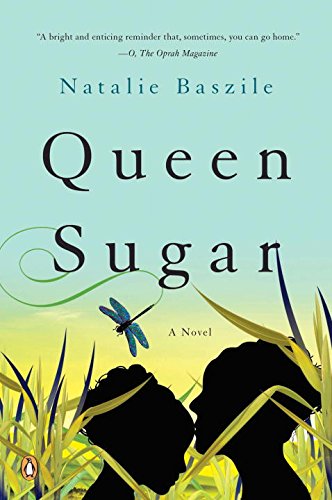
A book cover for Queen Sugar: A Novel; Natalie Baszile; Literature & Fiction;